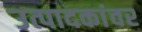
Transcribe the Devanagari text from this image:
उत्पादकांवर